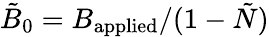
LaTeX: \tilde{B}_{0}=B_{\mathrm{applied}}/(1-\tilde{N})